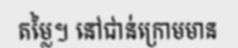
តម្លៃ។ នៅជាន់ក្រោមមាន